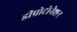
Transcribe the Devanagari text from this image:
डीप्रोटोनेशन